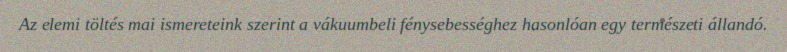
Az elemi töltés mai ismereteink szerint a vákuumbeli fénysebességhez hasonlóan egy természeti állandó.